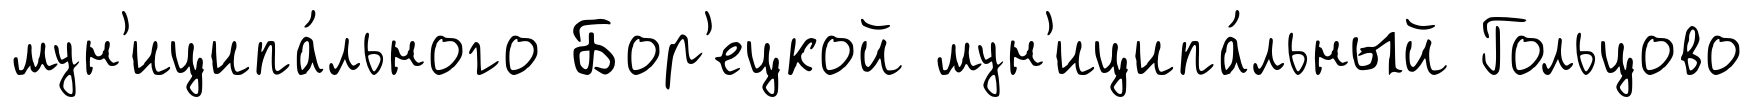
мун'иципа́льного Бор'ецкой мун'иципа́льный Гольцово